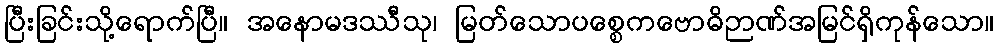
ပြီးခြင်းသို့ရောက်ပြီ။ အနောမဒဿီသု၊ မြတ်သောပစ္စေကဗောဓိဉာဏ်အမြင်ရှိကုန်သော။